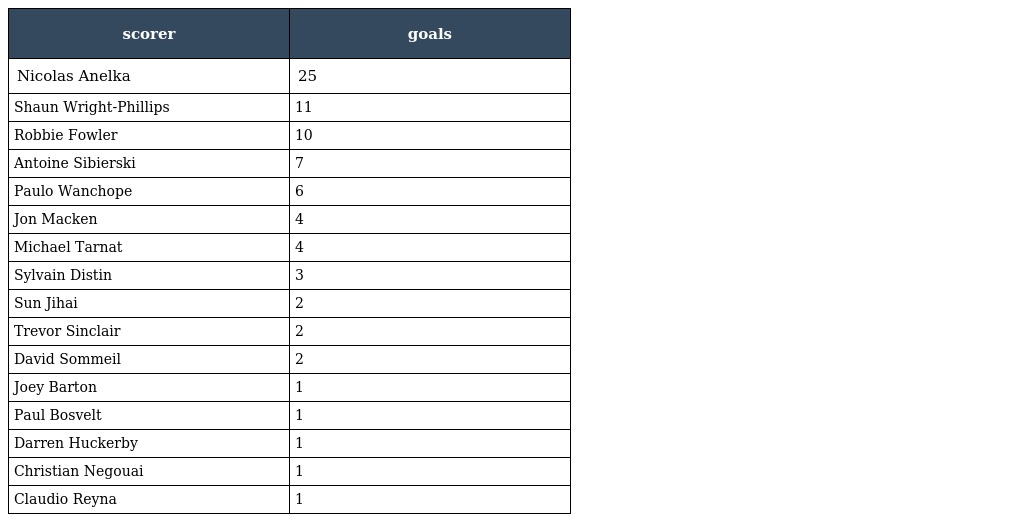
| scorer | goals |
 | --- | --- |
 | Nicolas Anelka | 25 |
 | Shaun Wright-Phillips | 11 |
 | Robbie Fowler | 10 |
 | Antoine Sibierski | 7 |
 | Paulo Wanchope | 6 |
 | Jon Macken | 4 |
 | Michael Tarnat | 4 |
 | Sylvain Distin | 3 |
 | Sun Jihai | 2 |
 | Trevor Sinclair | 2 |
 | David Sommeil | 2 |
 | Joey Barton | 1 |
 | Paul Bosvelt | 1 |
 | Darren Huckerby | 1 |
 | Christian Negouai | 1 |
 | Claudio Reyna | 1 |